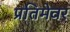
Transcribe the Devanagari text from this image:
प्रतिमेवर